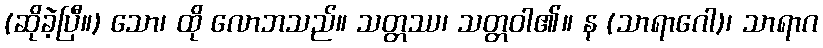
(ဆိုခဲ့ပြီ။) သော၊ ထို လောဘသည်။ သတ္တဿ၊ သတ္တဝါ၏။ န (သာရာဂေါ)၊ သာရာဂ